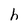
Character: h